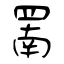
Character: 罱